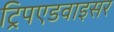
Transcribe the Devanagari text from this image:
ट्रिपएडवाइसर